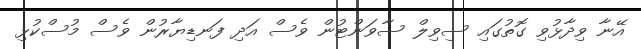
އޭނާ ވިދާޅުވި ގޮތުގައި ސިވިލް ސާވަންޓުން ވެސް އަދި ފަނޑިޔާރުން ވެސް މުސްކުޅި